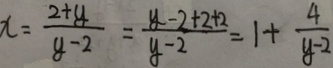
x = \frac { 2 + y } { y - 2 } = \frac { y - 2 + 2 + 2 } { y - 2 } = 1 + \frac { 4 } { y - 2 }